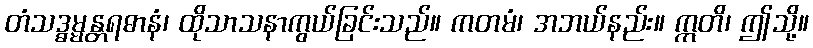
တံသဒ္ဓမ္မန္တရဓာနံ၊ ထိုသာသနာကွယ်ခြင်းသည်။ ကတမံ၊ အဘယ်နည်း။ ဣတိ၊ ဤသို့။